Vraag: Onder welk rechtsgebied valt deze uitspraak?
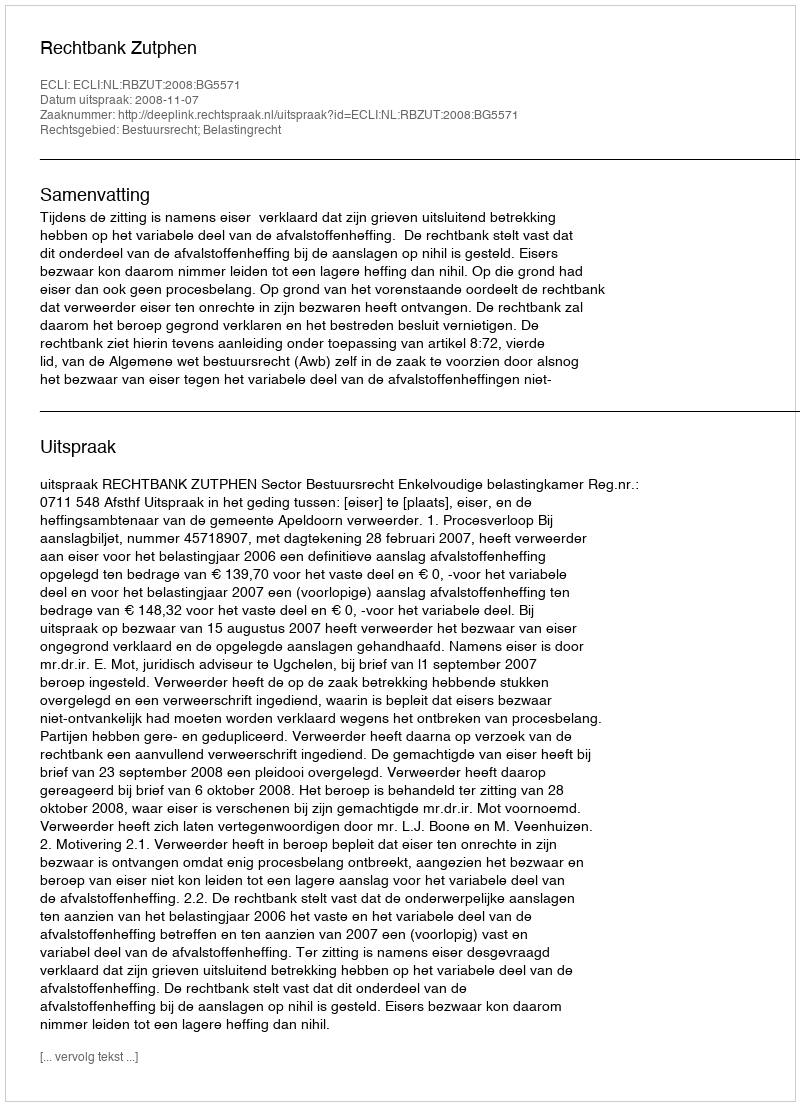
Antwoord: Bestuursrecht; Belastingrecht